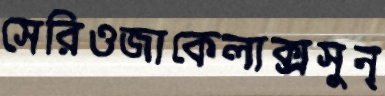
সেরিওজাকেলাক্সসুন্